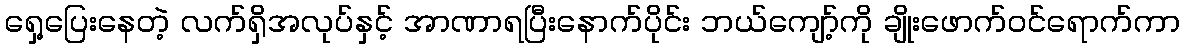
ရှေ့ပြေးနေတဲ့ လက်ရှိအလုပ်နှင့် အာဏာရပြီးနောက်ပိုင်း ဘယ်ကျော့်ကို ချိုးဖောက်ဝင်ရောက်ကာ